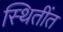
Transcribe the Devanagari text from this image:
स्थितींत